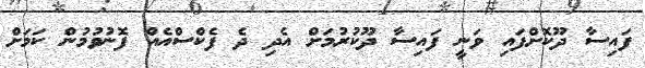
ފައިސާ ދޫކޮށްފައި ވަނީ ފައިސާ ދޫކުރުމަށް އެދި ދެ ފެކްސްއެއް ފޮނުވުމުން ކަމަށް